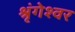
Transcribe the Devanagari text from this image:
श्रृंगेश्वर